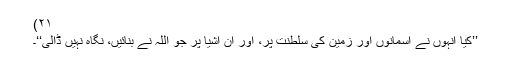
۲۱)
’’کیا انہوں نے آسمانوں اور زمین کی سلطنت پر، اور ان اشیا پر جو اللہ نے بنائیں، نگاہ نہیں ڈالی‘‘۔